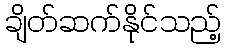
ချိတ်ဆက်နိုင်သည့်